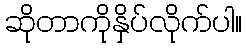
ဆိုတာကိုနှိပ်လိုက်ပါ။